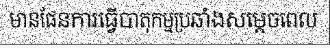
មានផែនការធ្វើបាតុកម្មប្រឆាំងសម្តេចពេល